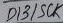
Text: D13/SCK